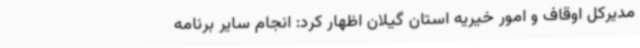
مدیرکل اوقاف و امور خیریه استان گیلان اظهار کرد: انجام سایر برنامه